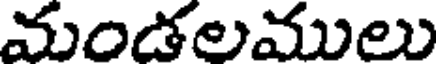
మండలములు